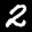
Digit: 2